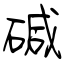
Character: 碱